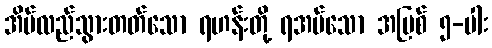
အိမ်လည်သွားတတ်သော ရဟန်းတို့ ရအပ်သော အပြစ် ၅-ပါး